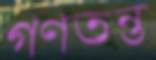
গণতন্ত